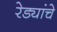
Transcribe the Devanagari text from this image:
रेड्यांचे